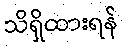
သိရှိထားရန်